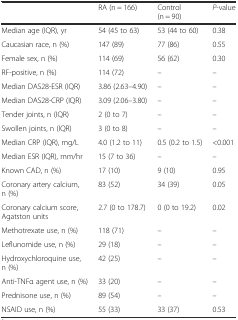
<table><thead><tr><td></td><td><b>RA (n = 166)</b></td><td><b>Control (n = 90)</b></td><td><b><i>P</i>-value</b></td></tr></thead><tbody><tr><td>Median age (IQR), yr</td><td>54 (45 to 63)</td><td>53 (44 to 60)</td><td>0.38</td></tr><tr><td>Caucasian race, n (%)</td><td>147 (89)</td><td>77 (86)</td><td>0.55</td></tr><tr><td>Female sex, n (%)</td><td>114 (69)</td><td>56 (62)</td><td>0.30</td></tr><tr><td>RF-positive, n (%)</td><td>114 (72)</td><td>–</td><td>–</td></tr><tr><td>Median DAS28-ESR (IQR)</td><td>3.86 (2.63–4.90)</td><td>–</td><td>–</td></tr><tr><td>Median DAS28-CRP (IQR)</td><td>3.09 (2.06–3.80)</td><td>–</td><td>–</td></tr><tr><td>Tender joints, n (IQR)</td><td>2 (0 to 7)</td><td>–</td><td>–</td></tr><tr><td>Swollen joints, n (IQR)</td><td>3 (0 to 8)</td><td>–</td><td>–</td></tr><tr><td>Median CRP (IQR), mg/L</td><td>4.0 (1.2 to 11)</td><td>0.5 (0.2 to 1.5)</td><td>&lt;0.001</td></tr><tr><td>Median ESR (IQR), mm/hr</td><td>15 (7 to 36)</td><td>–</td><td>–</td></tr><tr><td>Known CAD, n (%)</td><td>17 (10)</td><td>9 (10)</td><td>0.95</td></tr><tr><td>Coronary artery calcium, n (%)</td><td>83 (52)</td><td>34 (39)</td><td>0.05</td></tr><tr><td>Coronary calcium score, Agatston units</td><td>2.7 (0 to 178.7)</td><td>0 (0 to 19.2)</td><td>0.02</td></tr><tr><td>Methotrexate use, n (%)</td><td>118 (71)</td><td>–</td><td>–</td></tr><tr><td>Leflunomide use, n (%)</td><td>29 (18)</td><td>–</td><td>–</td></tr><tr><td>Hydroxychloroquine use, n (%)</td><td>42 (25)</td><td>–</td><td>–</td></tr><tr><td>Anti-TNFα agent use, n (%)</td><td>33 (20)</td><td>–</td><td>–</td></tr><tr><td>Prednisone use, n (%)</td><td>89 (54)</td><td>–</td><td>–</td></tr><tr><td>NSAID use, n (%)</td><td>55 (33)</td><td>33 (37)</td><td>0.53</td></tr></tbody></table>